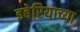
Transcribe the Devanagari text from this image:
इबेरियाच्या